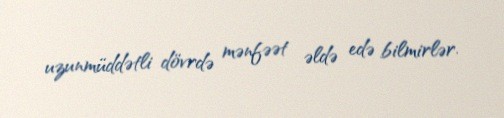
uzunmüddətli dövrdə mənfəət əldə edə bilmirlər.